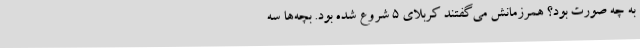
به چه صورت بود؟ همرزمانش می‌گفتند کربلای 5 شروع شده بود. بچه‌ها سه